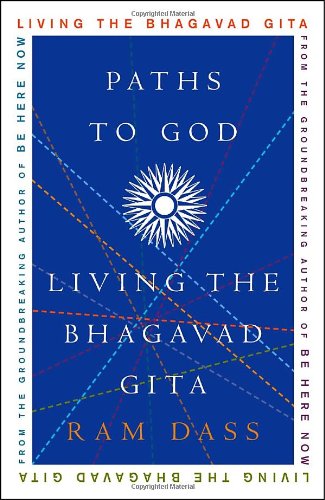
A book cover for Paths to God: Living the Bhagavad Gita; Ram Dass; Religion & Spirituality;